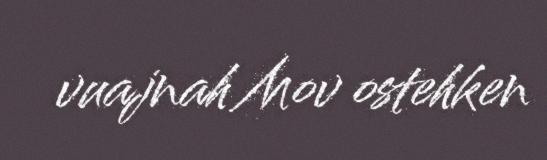
vuajnah Mov ostehken